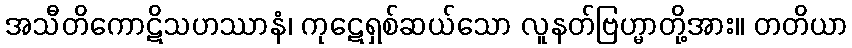
အသီတိကောဋိသဟဿာနံ၊ ကုဋေရှစ်ဆယ်သော လူနတ်ဗြဟ္မာတို့အား။ တတိယာ